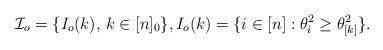
LaTeX: \begin{align*}\mathcal{I}_o= \{I_o(k), \, k\in[n]_0\}, I_o(k) = \{i\in[n]: \theta^2_i\ge \theta_{[k]}^2\}.\end{align*}